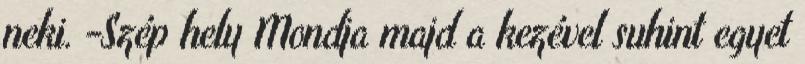
neki. -Szép hely Mondja majd a kezével suhint egyet